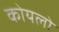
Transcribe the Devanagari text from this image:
कोयलो